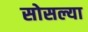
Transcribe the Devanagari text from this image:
सोसल्या